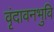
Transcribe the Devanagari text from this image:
वृंदावनभुवि